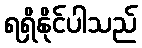
ရရှိနိုင်ပါသည်